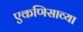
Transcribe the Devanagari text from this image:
एकणिसाव्या